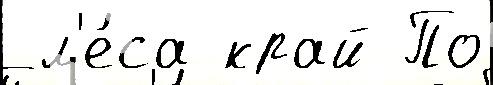
 л'е́са край По